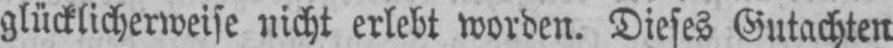
glücklicherweise nicht erlebt worden. Dieses Gutachten